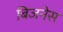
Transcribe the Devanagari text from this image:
बिजनेस